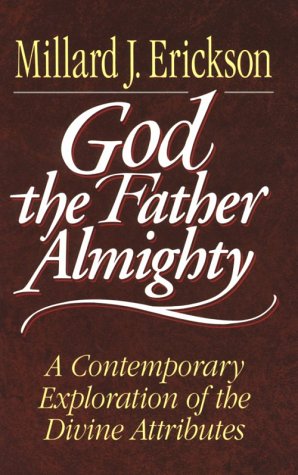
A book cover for God the Father Almighty: A Contemporary Exploration of the Divine Attributes; Millard J. Erickson; Christian Books & Bibles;